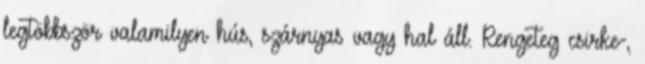
legtöbbször valamilyen hús, szárnyas vagy hal áll. Rengeteg csirke-,